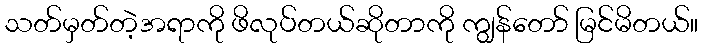
သတ်မှတ်တဲ့အရာကို ဖိလုပ်တယ်ဆိုတာကို ကျွန်တော် မြင်မိတယ်။